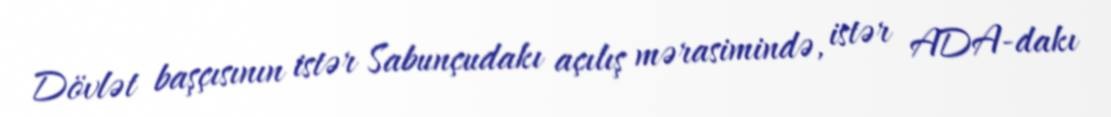
Dövlət başçısının istər Sabunçudakı açılış mərasimində, istər ADA-dakı